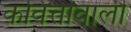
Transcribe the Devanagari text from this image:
कवित्तोंवाली